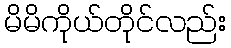
မိမိကိုယ်တိုင်လည်း